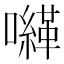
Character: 𡃈